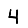
Digit: 4